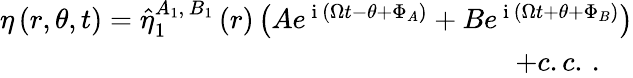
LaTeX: \begin{array}{r}{\eta\left(r,\theta,t\right)=\hat{\eta}_{1}^{A_{1},\, B_{1}}\left(r\right)\left(Ae^{\mathrm{~i~}\left(\Omega t-\theta+\Phi_{A}\right)}+Be^{\mathrm{~i~}\left(\Omega t+\theta+\Phi_{B}\right)}\right)}\\ {+c.c.\, .\ \ \ \ }\end{array}